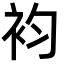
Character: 袀